Black-water fever - Number 35
Disease focus: Fever
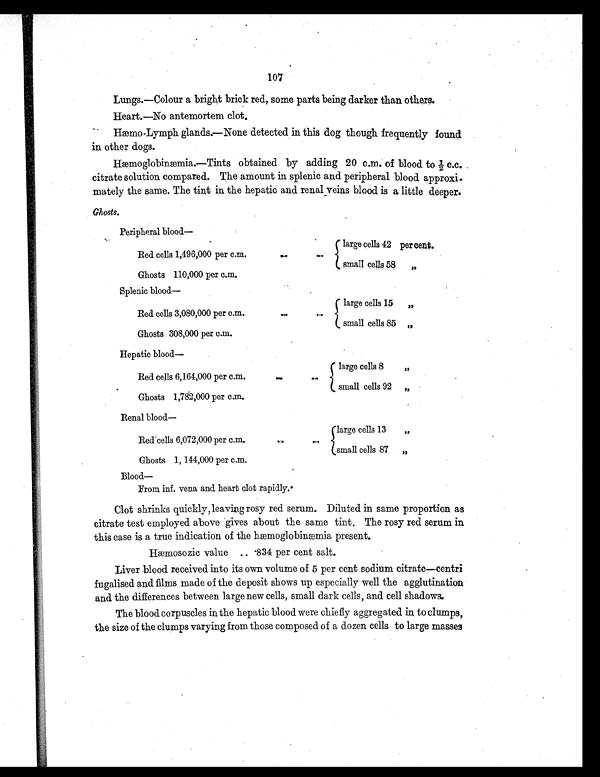
107
Lungs.—Colour a bright brick red, some parts being darker than others.
Heart.—No antemortem clot.
Hæmo-Lymph glands.—None detected in this dog though frequently found
in other dogs.
Hæmoglobinæmia.—Tints obtained by adding 20 c.m. of blood to ½ c.c.
citrate solution compared. The amount in splenic and peripheral blood approxi
-mately the same. The tint in the hepatic and renal veins blood is a little deeper.
Ghosts.
Peripheral blood
—
Red cells 1,496,000 per c.m.
Ghosts 110,000 per c.m.
. .
. .
large cells 42 per cent.
small cells 58
„
Splenic blood—
Red cells 3,080,000 per cm.
Ghosts 308,000 per c.m.
. .
. .
large cells 15
„
small cells 85
„
Hepatic blood—
Red cells 6,164,000 per c.m.
Ghosts 1,782,000 per c.m.
. .
. .
large cells 8
„
small cells 92
„
Renal blood —
Red cells 6,072,000 per c.m.
Ghosts 1, 144,000 per c.m.
. .
. .
large cells 13
„
small cells 87
„
Blood—
From inf. vena and heart clot rapidly.
Clot shrinks quickly, leaving rosy red serum. Diluted in same proportion as
citrate test employed above gives about the same tint. The rosy red serum in
this case is a true indication of the hæmoglobinæmia present.
Hæmosozic value .. .834 per cent salt.
Liver blood received into its own volume of 5 per cent sodium citrate—centri
fugalised and films made of the deposit shows up especially well the agglutination
and the differences between large new cells, small dark cells, and cell shadows.
The blood corpuscles in the hepatic blood were chiefly aggregated in to clumps,
the size of the clumps varying from those composed of a dozen cells to large masses